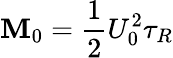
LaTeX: \mathbf{M}_{0}=\frac{{1}}{{2}}U_{0}^{2}\tau_{R}